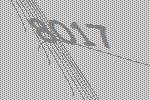
8017